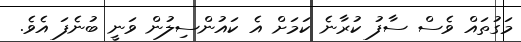
މަގުތައް ވެސް ސާފު ކުރާނެ ކަމަށް އެ ކައުންސިލުން ވަނީ ބުނެފަ އެވެ.